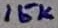
Text: 15K